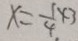
x = \frac { 1 } { 4 } \times 3